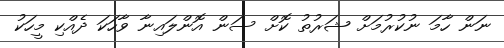
ނަން ހާމަ ނުކުރުމަށް ޝަރުތު ކޮށް ސަން އޮންލައިނާ ވާހަކަ ދެއްކި މީހަކު